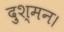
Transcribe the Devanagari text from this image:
दुश्मन।